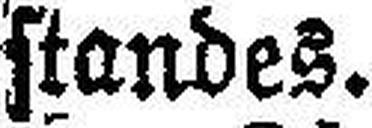
standes.